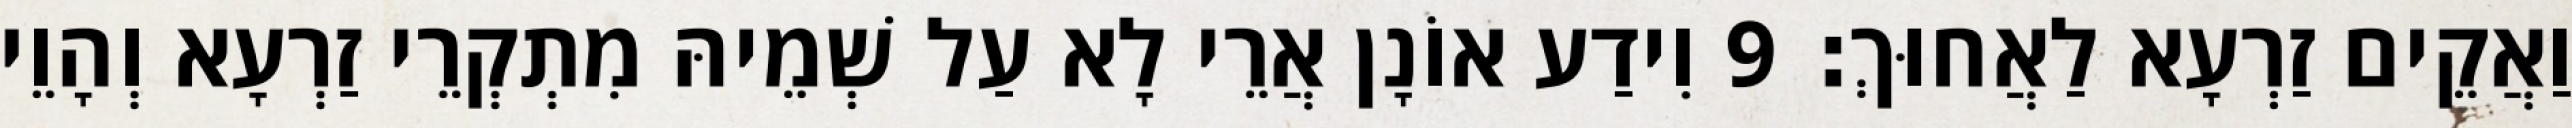
וַאֲקֵים זַרְעָא לַאֲחוּךְ׃ 9 וִידַע אוֹנָן אֲרֵי לָא עַל שְׁמֵיהּ מִתְקְרֵי זַרְעָא וְהָוֵי